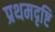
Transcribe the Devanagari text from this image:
प्रथमदृष्टि